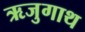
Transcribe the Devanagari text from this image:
ऋजुगाथ